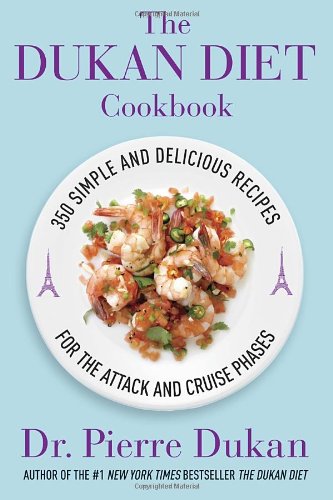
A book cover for The Dukan Diet Cookbook: The Essential Companion to the Dukan Diet; Dr. Pierre Dukan; Cookbooks, Food & Wine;